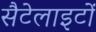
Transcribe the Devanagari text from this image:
सैटेलाइटों